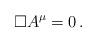
LaTeX: \begin{align*}\Box A^\mu =0 \, . \end{align*}